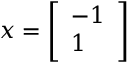
x = \left[ { \begin{array} { l } { - 1 } \\ { 1 } \end{array} } \right]